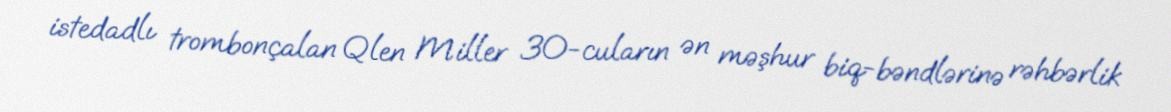
istedadlı trombonçalan Qlen Miller 30-cuların ən məşhur biq-bəndlərinə rəhbərlik